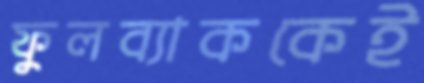
ফুলব্যাককেই